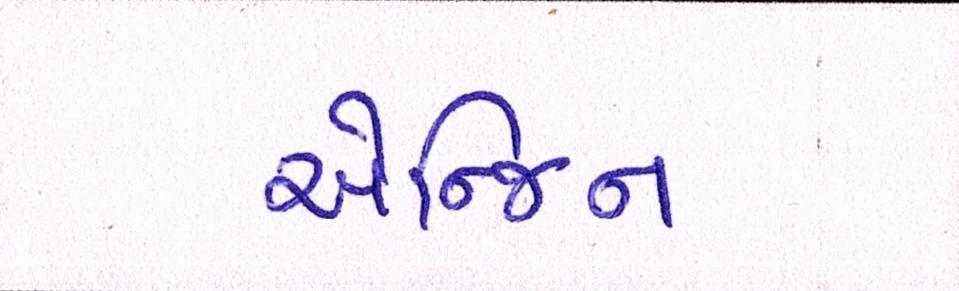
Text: એન્જિન